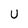
Character: U